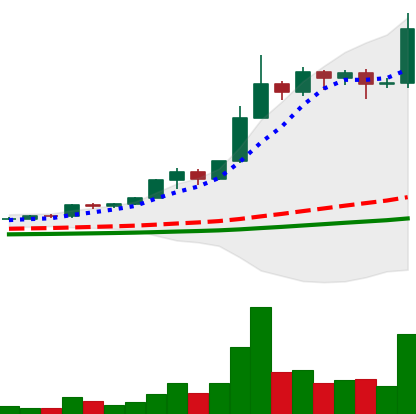
Ticker: BNB-USD
Chart end date: 2021-02-17
Forward return: 62.452%
Label: up_7plus